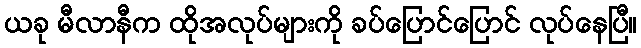
ယခု မီလာနီက ထိုအလုပ်များကို ခပ်ပြောင်ပြောင် လုပ်နေပြီ။